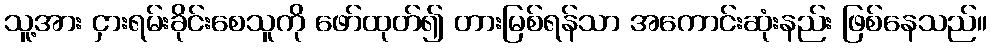
သူ့အား ငှားရမ်းခိုင်းစေသူကို ဖော်ထုတ်၍ တားမြစ်ရန်သာ အကောင်းဆုံးနည်း ဖြစ်နေသည်။